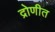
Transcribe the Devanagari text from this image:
द्रोणीत